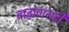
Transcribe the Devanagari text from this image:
ब्राह्मणगडी